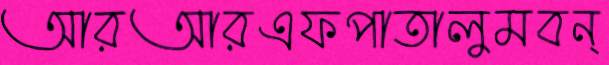
আরআরএফপাতালুমবন্